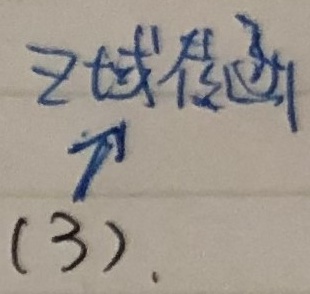
z域传递
$\nearrow$
(3).